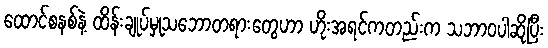
ထောင်စနစ်နဲ့ ထိန်းချုပ်မှုသဘောတရားတွေဟာ ဟိုးအရင်ကတည်းက သဘာဝပါဆိုပြီး